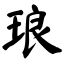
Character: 琅